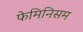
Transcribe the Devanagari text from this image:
फेमिनिसम